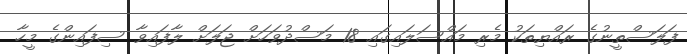
ފަލަސްތީނުގެ ރައްޔިތަކު މެރި މައްސަލައިގައި 18 މަސްދުވަހަށް ޖަލަށް ލާފައިވާ ސިފައިންގެ މީހާ